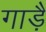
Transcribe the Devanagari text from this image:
गाड़ैं